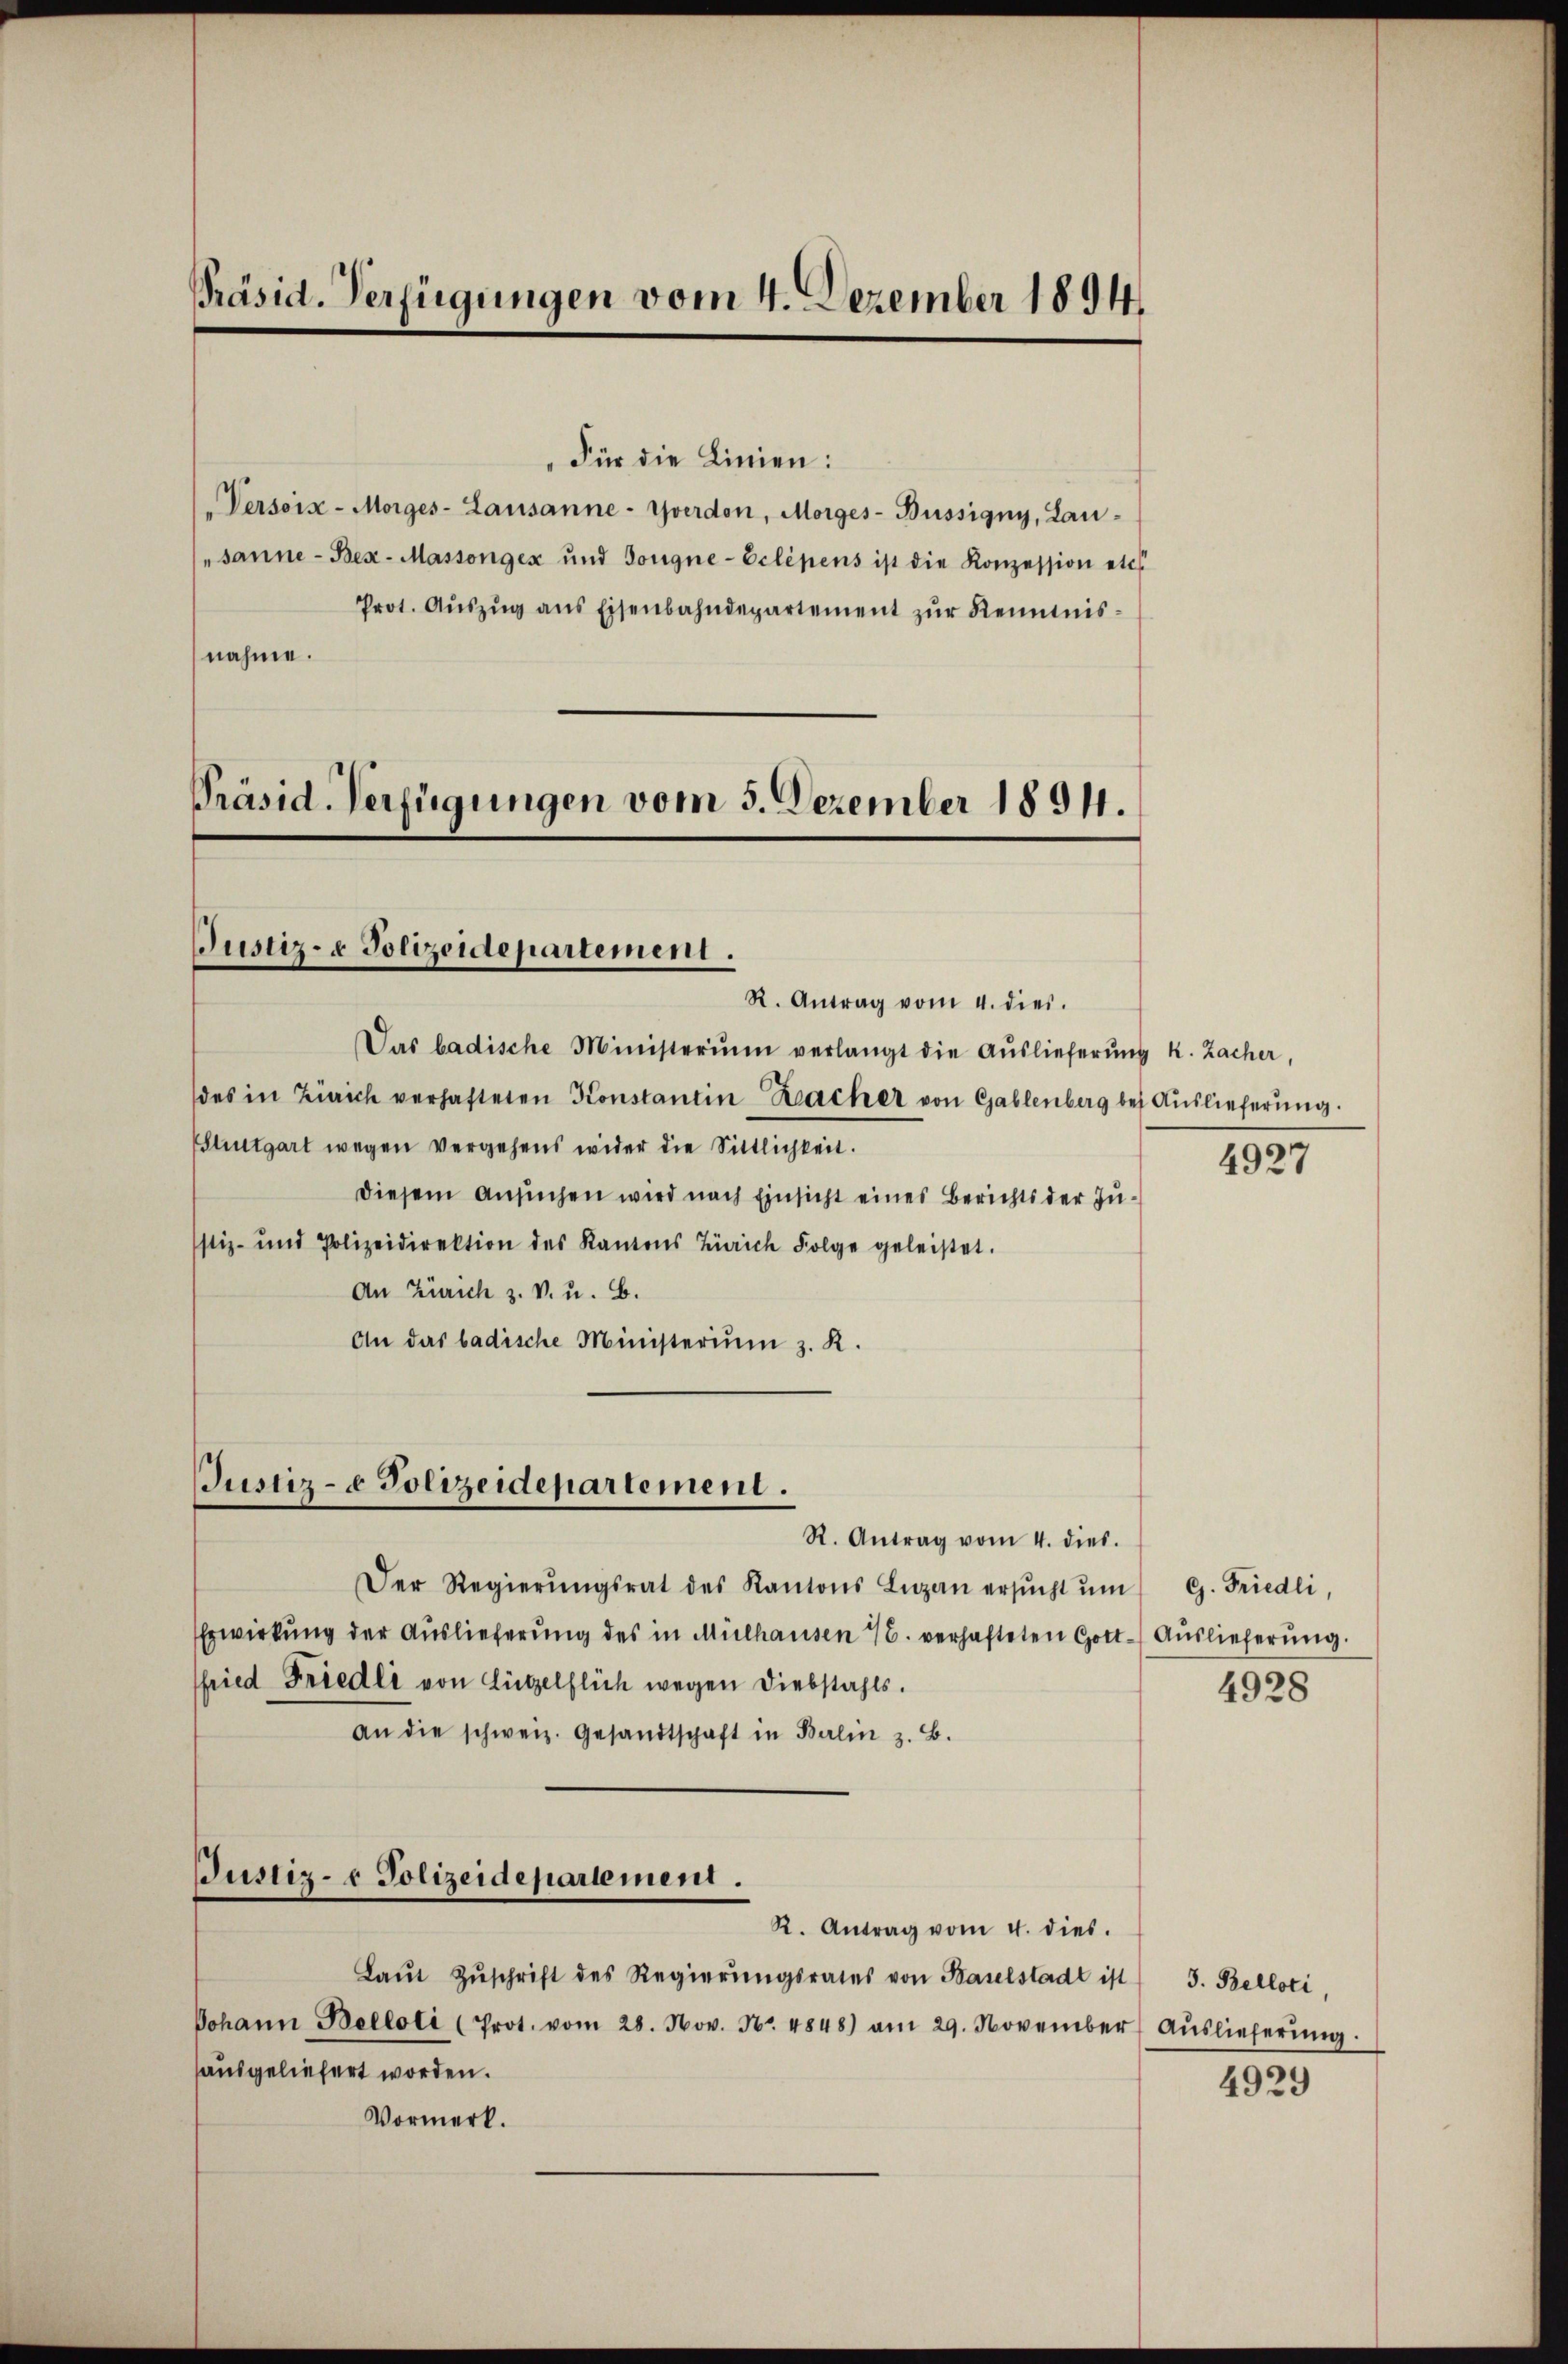
Präsid. Verfügungen vom 4. Dezember 1894.

"Für die Linien:
Versois-Morges- Lausanne-Yverdon, Morges-Büssigny, Lausanne - Bex- Massongex und Gongne-Eclipens ist die Konzession etc.
Prot. Aŭszŭg ans Eisenbahndepartement zur Reimnisnahme.

Präsid. Verfügungen vom 5. Dezember 1894.

Justiz- & Polizeidepartement.

Justiz- & Polizeidepartement.

Justiz- & Polizeidepartement.
R. Antrag vom 4. dies.

R. Antrag vom 4. dies.
Das badische Ministerium verlangt die Aŭslieferŭng k. Zacher,
des in Zürich verhafteten Konstantin Racher von Gablenberg bei Auslieferung.
hutgart wegen vergehens wider die Sittlichkeit.
diesem Ansuchen wird nach Einsicht eines Berichts der Justiz- und Polizeidirektion des Kantons Zürich Folge geleistet.
An Zürich z. v. u. B.
An das badische Ministeriŭm z. R.

Der Regierŭngsrat des Kantons Luzan ersŭcht ŭm
Erwirkung der Auslieferung des in Mülhausen 16. verhafteten Gott-Auslieferung.
fried Friedli von Lützelflich wegen Diebstahls.
an die schweiz. Gesandtschaft in Balin z. B.

R. Antrag vom 4. dies.

Laŭt Zŭschrift des Regierŭngsrates von Baselstadt ist 3. Belloti
Johann Belloli (Prot. vom 28. Nov. No. 4848) am 29. November Aŭslieferŭng.
sausgeliefert worden.
Vormerk.

4927

G. Friedli,

4928

4929